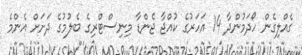
ގެއްލިގެން ހޯދަމުންދާ 14 އަހަރުގެ ކުއްޖާ ޖެންޑާ މިނިސްޓްރިގެ ބެލުމުގެ ދަށަށް އެންމެ